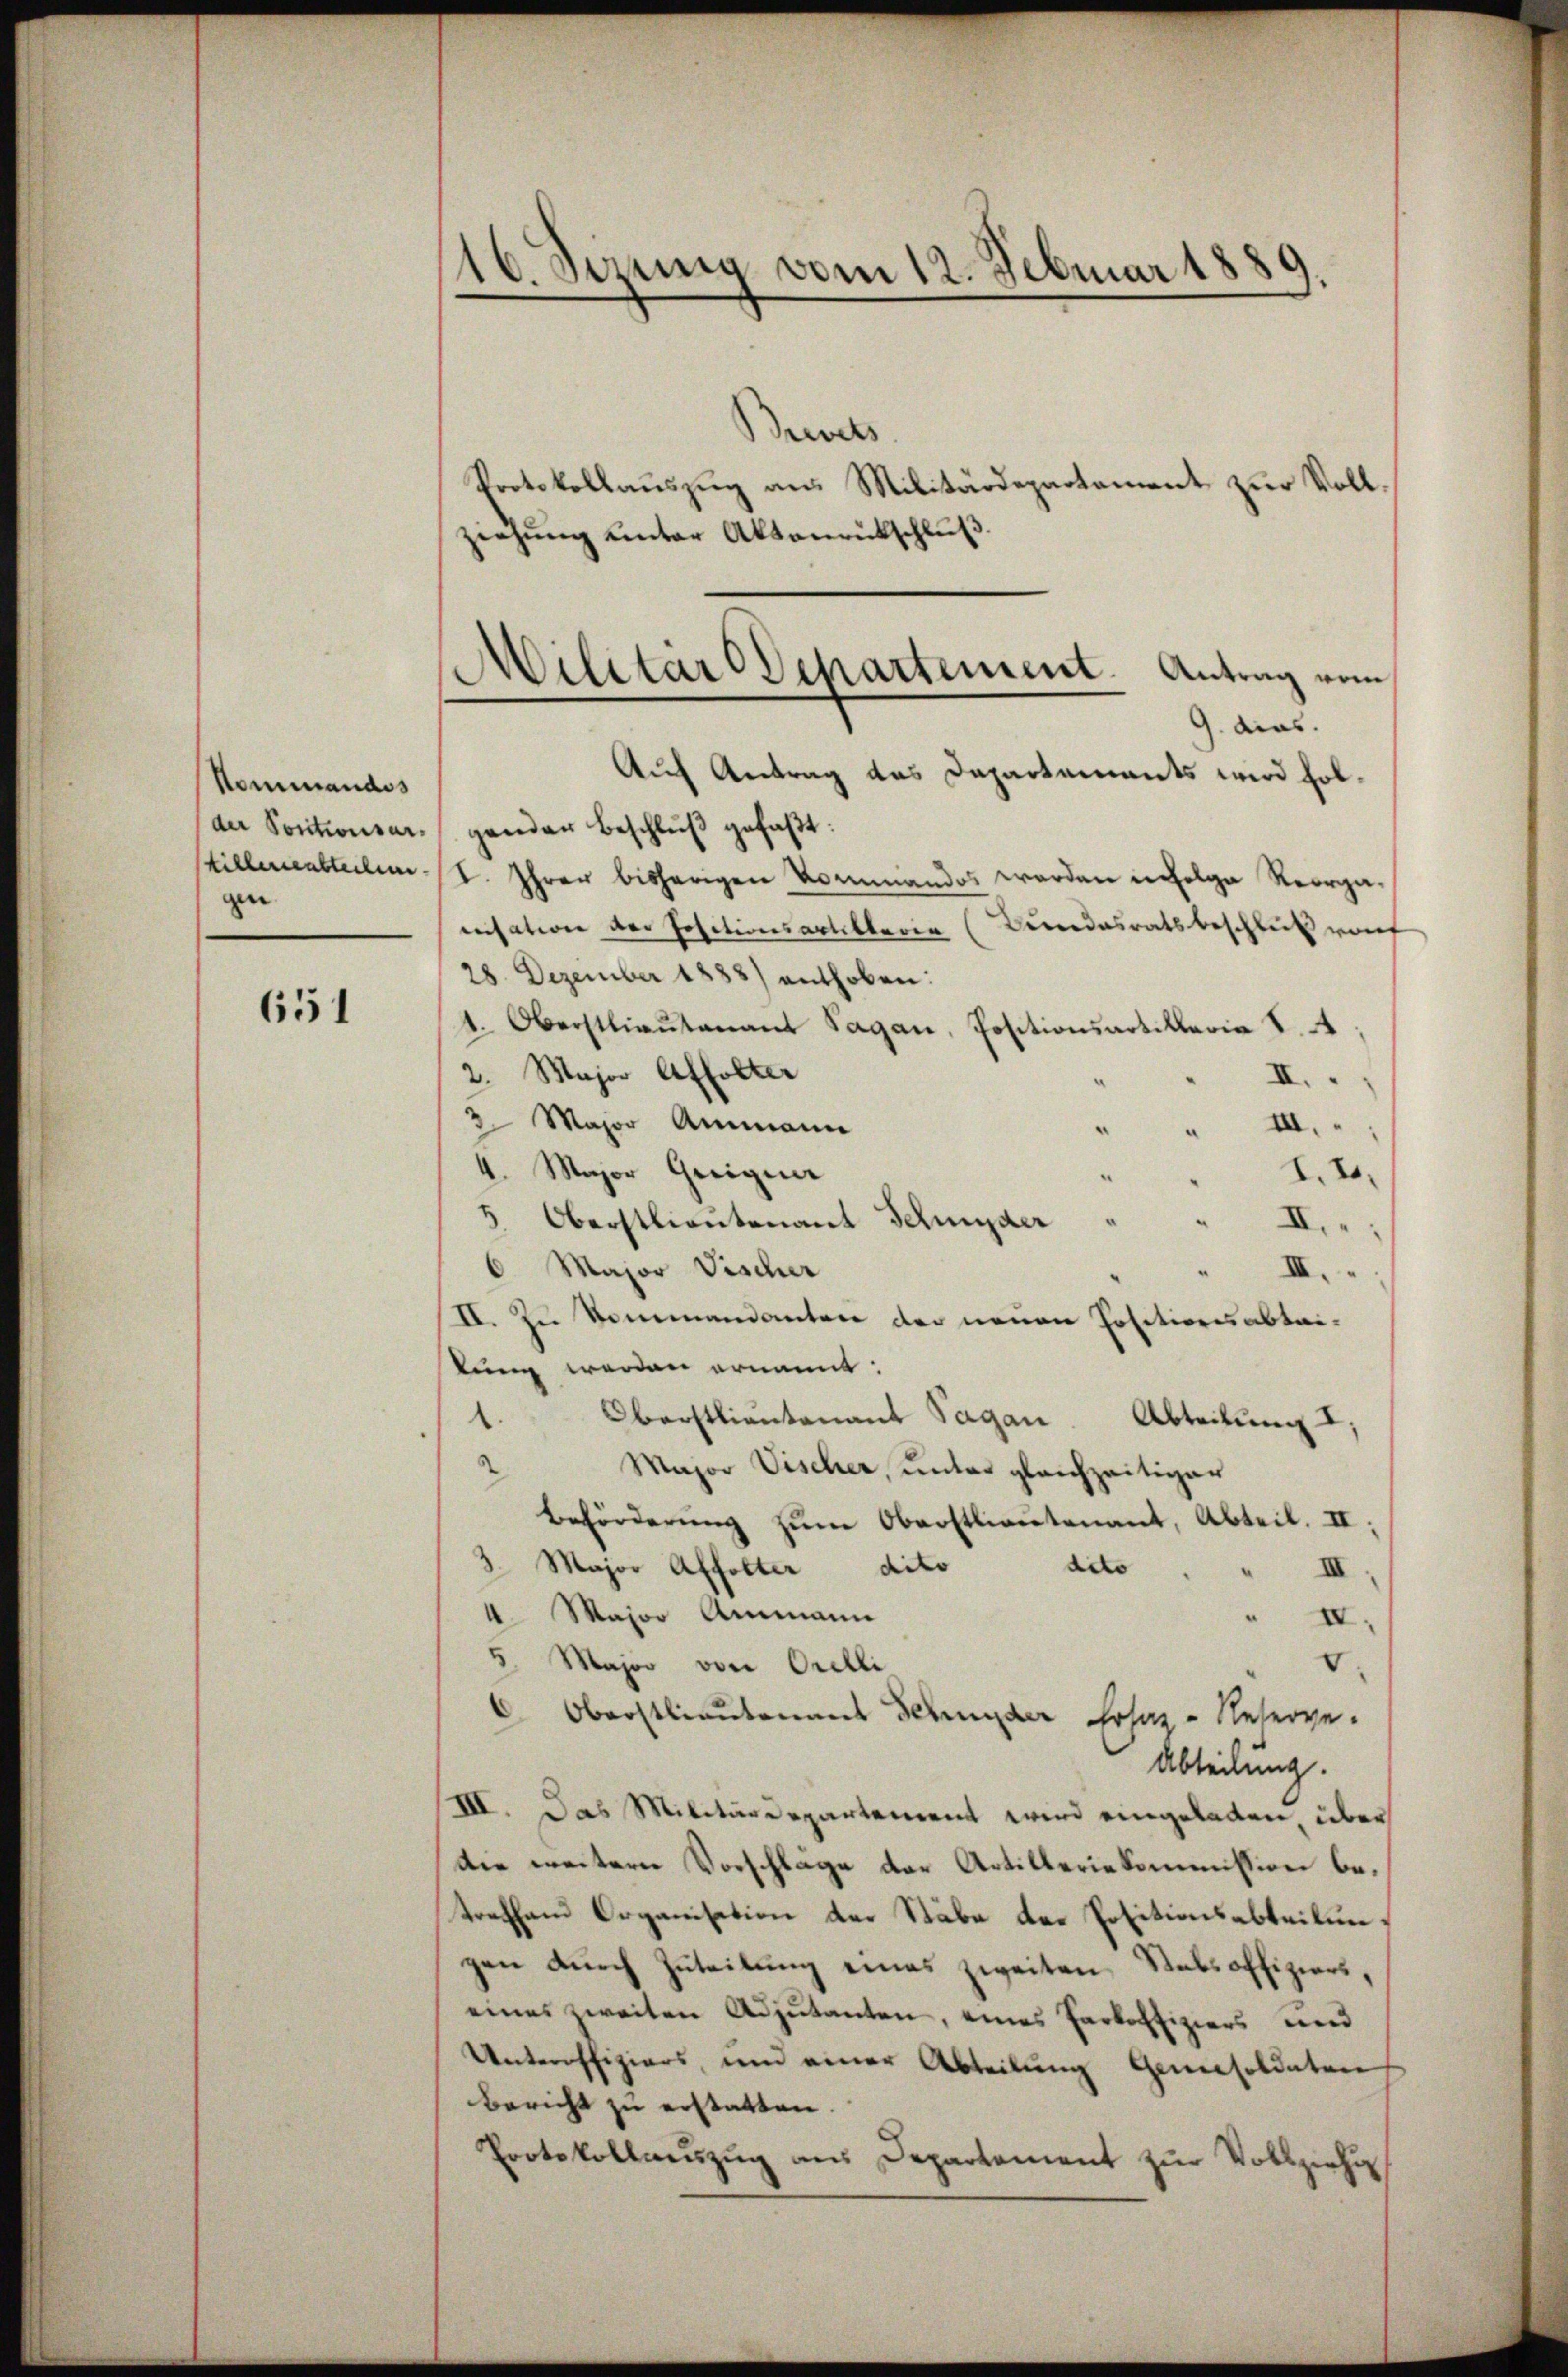
Nommandos
gen

651

16. Sizung vom 12. Februar 1889

Beivers
Protokollauszug aus Militärdepartement zur Vollziehung unter Aktenrütschluß.
9. dies.
Auf Antrag des Departements wird folder Positionsar gander Beschlŭβ gefaßt:
stillenensteilen I. Ihrer bisherigen Kommandos werden infolge Reorgaensation der Positionsartiklaria (Curdasratsbeschluß warf
28. Dezember 1883) enthoben:
1. Oberstlieutenant Sagan, Positionsartillaria S. 4
2. Major Affolter
XI.
3 Major Ammann
" III.
4. Major Grigier
2. 20.
5 Oberstlieutenant Schnyder
XI.
6 Major Fischer
" III.
II. Zu Sommandanten der neuen Positionsabtailung werden ernannt:
Oberstlieutenant Sagan. Abteilung I.
1.
2
Major Vischer, unter gleichzeitiger
Beförderŭng zŭm Oberstlieutenant, Abteil. II,
dito
3. Major Affolter dito
III.
4. Major Ammann
IV.
5 Major von Orelli
.
 Oberstlieutenans Schnyder hoher - Neserve-
Abteilung.
III. Das Militärdepartement wird eingeladen, über
die weitere Vorschläge der Artilleriekommission betrafham Organisation der Stäbe der Positionsabteilun
gen durch Zuteilung eines zweiten Stabsoffiziers,
eines zweiten Adjutanten, eines Parkoffiziers und
Unteroffiziers, und einer Abteilung Geneisoldaten
Bericht zu erstatten.
Protokollanzŭg ans Departament zŭr Vollziehun

Militär-Departement. Antrag vom